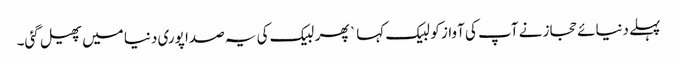
پہلے دنیائے حجاز نے آپ کی آواز کو لبیک کہا ` پھر لبیک کی یہ صدا پوری دنیا میں پھیل گئی۔